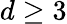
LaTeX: d\geq 3